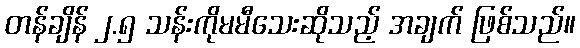
တန်ချိန် ၂.၅ သန်းကိုမမီသေးဆိုသည့် အချက် ဖြစ်သည်။